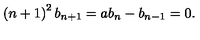
\left( n + 1 \right) ^ { 2 } b _ { n + 1 } = a b _ { n } - b _ { n - 1 } = 0 .